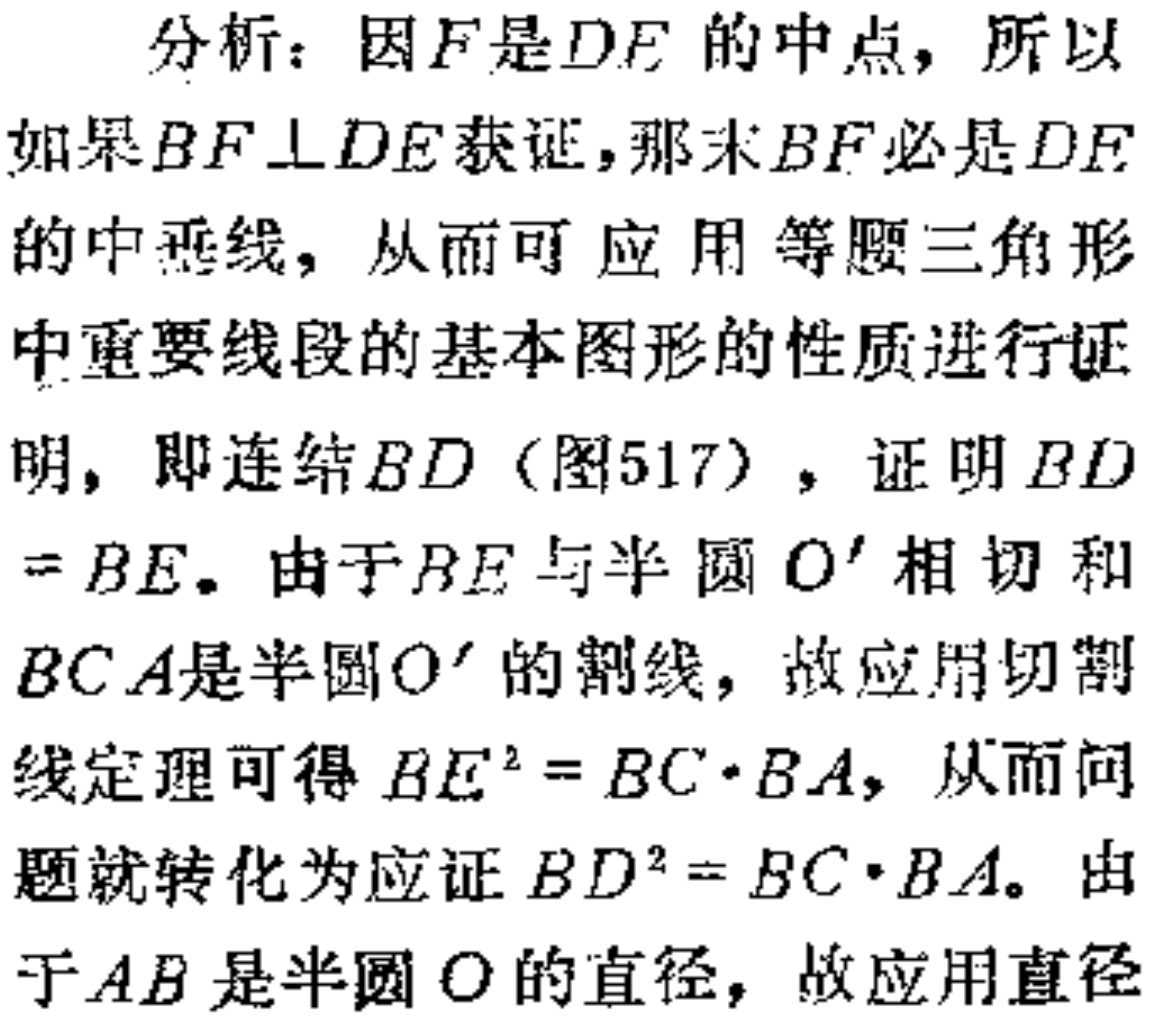
分析：因\(F\)是\(DE\)的中点，所以
如果\(BF\perp DE\)获证，那末\(BF\)必是\(DE\)
的中垂线，从而可应用等腰三角形
中重要线段的基本图形的性质进行证
明，即连结\(BD\)（图517），证明\(BD\)
\(=BE\)。由于\(BE\)与半圆\(O'\)相切和
\(BCA\)是半圆\(O'\)的割线，故应用切割
线定理可得\(BE^{2}=BC\cdot BA\)，从而问
题就转化为应证\(BD^{2}=BC\cdot BA\)。由
于\(AB\)是半圆\(O\)的直径，故应用直径